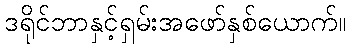
ဒရိုင်ဘာနှင့်ရှမ်းအဖော်နှစ်ယောက်။